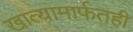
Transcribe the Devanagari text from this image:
खात्यामार्फतही